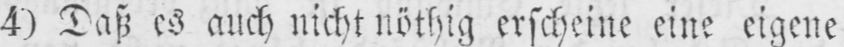
4) Daß es auch nicht nöthig erscheine eine eigene